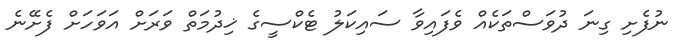
ނުފެށި ގިނަ ދުވަސްތަކެއް ވެފައިވާ ސައިކަލު ޓެކްސީގެ ޚިދުމަތް ވަރަށް އަވަހަށް ފެށޭނެ